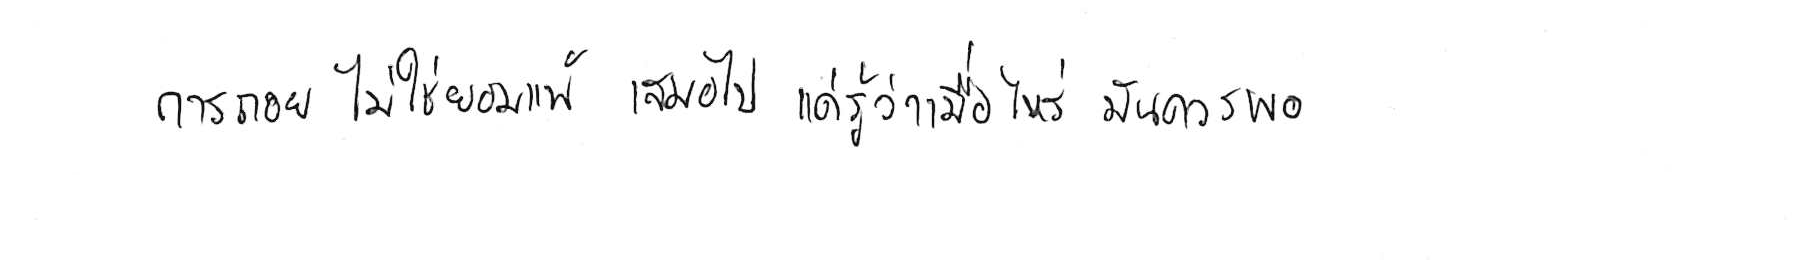
การถอย ไม่ใช่ยอมแพ้ เสมอไป แค่รู้ว่าเมื่อไหร่ มันควรพอ